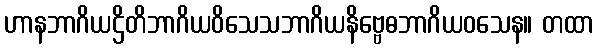
ဟာနဘာဂိယဌိတိဘာဂိယဝိသေသဘာဂိယနိဗ္ဗေဓဘာဂိယဝသေန။ တထာ